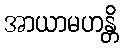
အာယာမဟန္တိ